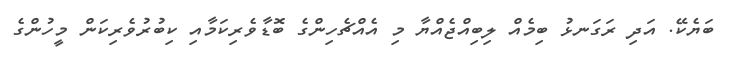
ބަޔެކޭ. އަދި ރަގަނޅު ބިމެއް ލިބިއްޖެއްޔާ މި އެއްޗެހިންގެ ބޮޑާވެރިކަމާއި ކިބުރުވެރިކަން މީހުންގެ